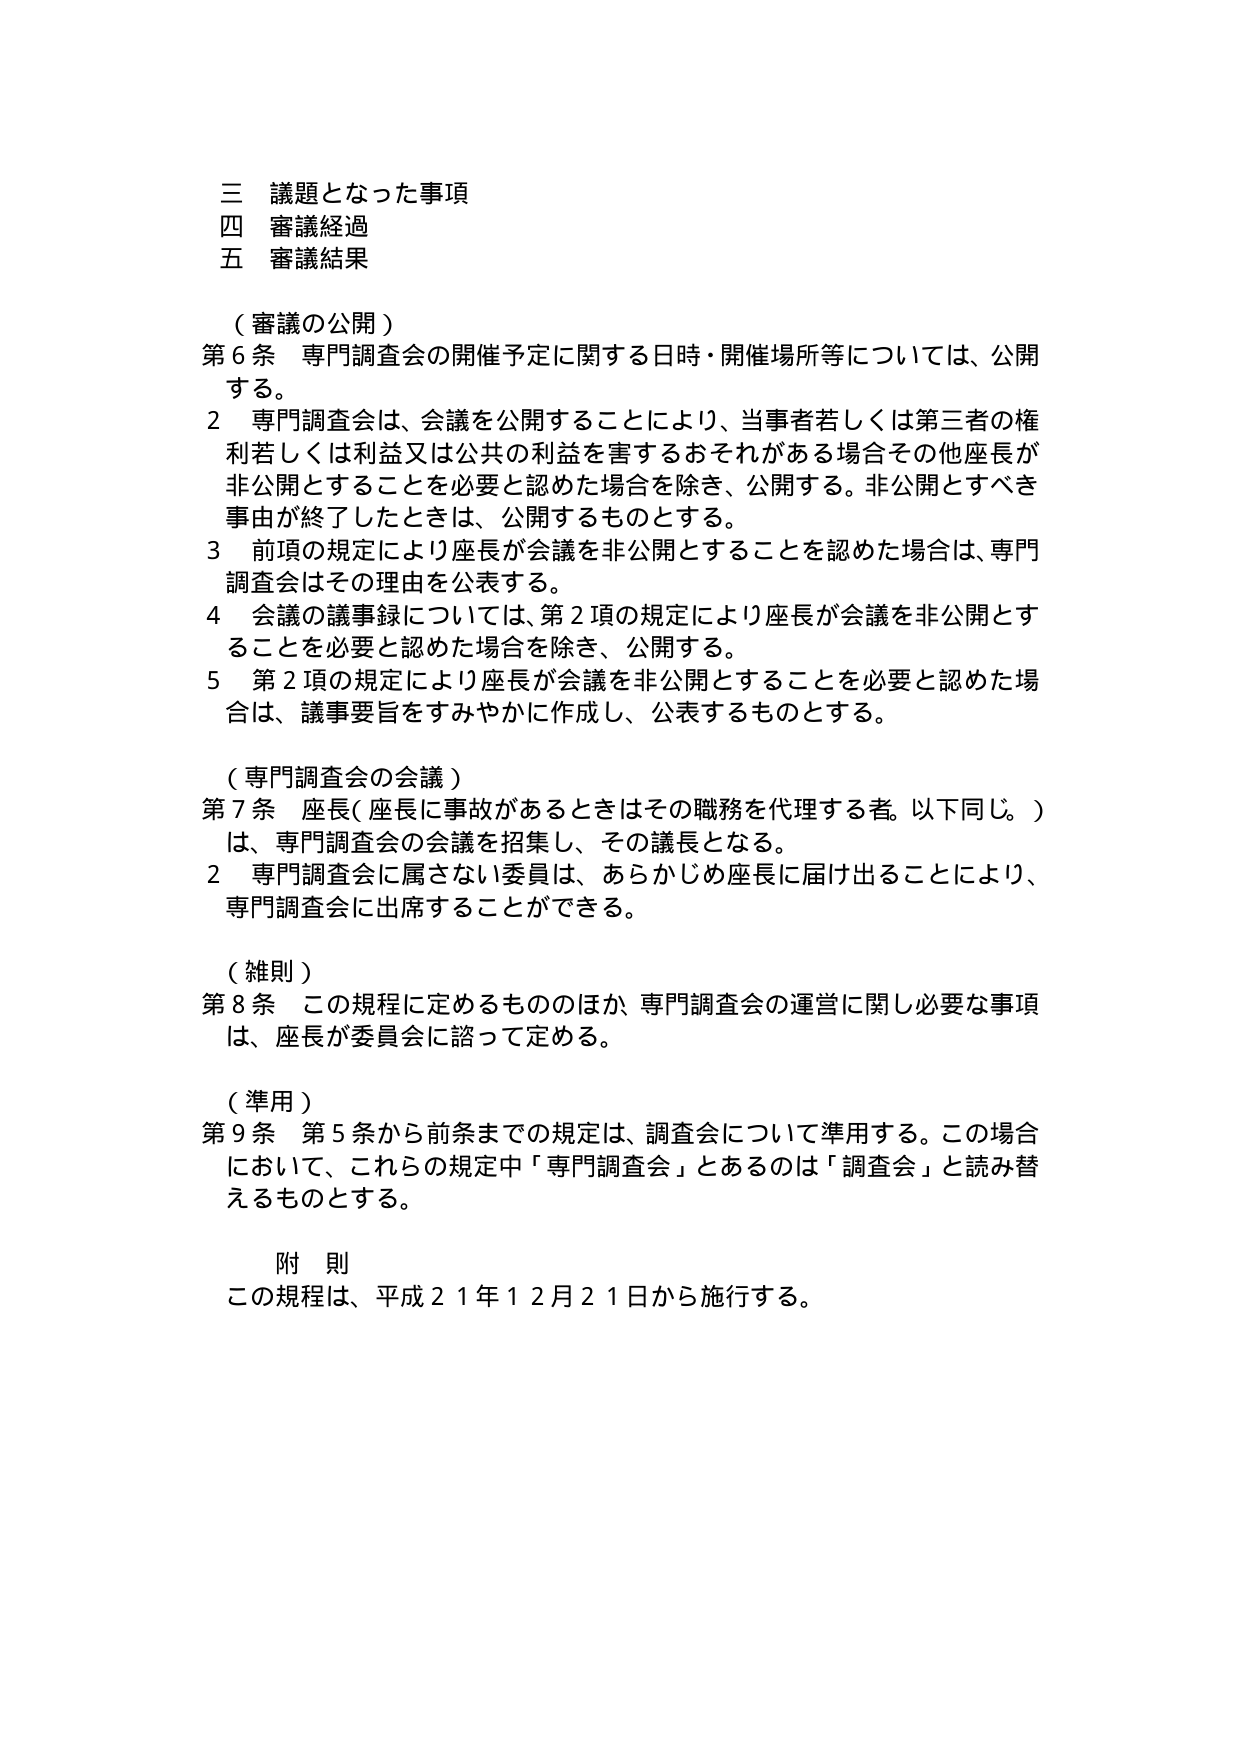
三 議題となった事項
四 審議経過
五 審議結果

（審議の公開）
第６条 専門調査会の開催予定に関する日時・開催場所等については、公開する。
２ 専門調査会は、会議を公開することにより、当事者若しくは第三者の権利若しくは利益又は公共の利益を害するおそれがある場合その他座長が非公開とすることを必要と認めた場合を除き、公開する。非公開とすべき事由が終了したときは、公開するものとする。
３ 前項の規定により座長が会議を非公開とすることを認めた場合は、専門調査会はその理由を公表する。
４ 会議の議事録については、第２項の規定により座長が会議を非公開とすることを必要と認めた場合を除き、公開する。
５ 第２項の規定により座長が会議を非公開とすることを必要と認めた場合は、議事要旨をすみやかに作成し、公表するものとする。

（専門調査会の会議）
第７条 座長（座長に事故があるときはその職務を代理する者。以下同じ。）は、専門調査会の会議を招集し、その議長となる。
２ 専門調査会に属さない委員は、あらかじめ座長に届け出ることにより、専門調査会に出席することができる。

（雑則）
第８条 この規程に定めるもののほか、専門調査会の運営に関し必要な事項は、座長が委員会に諮って定める。

（準用）
第９条 第５条から前条までの規定は、調査会について準用する。この場合において、これらの規定中「専門調査会」とあるのは「調査会」と読み替えるものとする。

附 則
この規程は、平成２１年１２月２１日から施行する。